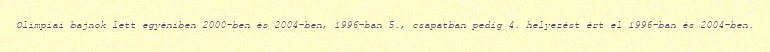
Olimpiai bajnok lett egyéniben 2000-ben és 2004-ben, 1996-ban 5., csapatban pedig 4. helyezést ért el 1996-ban és 2004-ben.